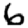
Digit: 6